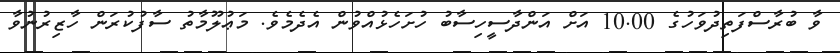
ވާ ބުރާސްފަތިދުވަހުގެ 10.00 އަށް އަންދާސީހިސާބު ހުށަހެޅުއްވުން އެދެމެވެ. މަޢުލޫމާތު ސާފުކުރަން ހާޒިރުނުވާ